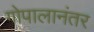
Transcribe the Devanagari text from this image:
गोपालानंतर